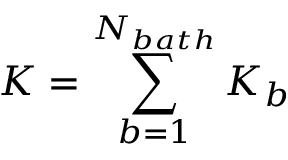
K = \sum _ { b = 1 } ^ { { { N } _ { b a t h } } } { { { K } _ { b } } }